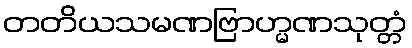
တတိယသမဏဗြာဟ္မဏသုတ္တံ